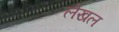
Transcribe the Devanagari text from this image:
लेखल